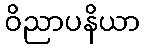
ဝိညာပနိယာ